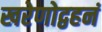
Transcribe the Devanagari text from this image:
खरेणोद्वहनं